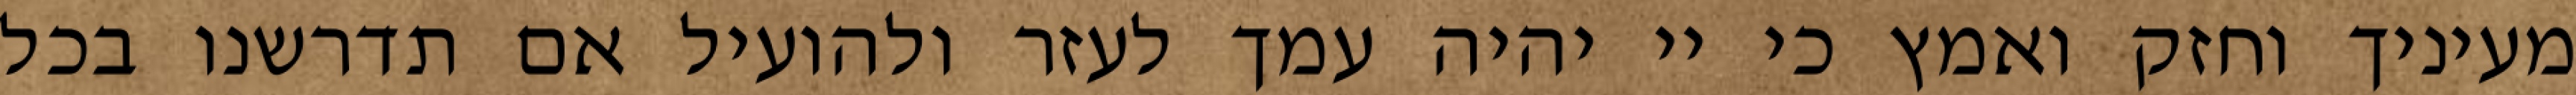
מעיניך וחזק ואמץ כי יי יהיה עמך לעזר ולהועיל אם תדרשנו בכל